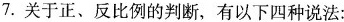
7.关于正、反比例的判断，有以下四种说法：